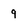
Character: 9